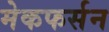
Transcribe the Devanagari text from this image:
मेकफर्सन